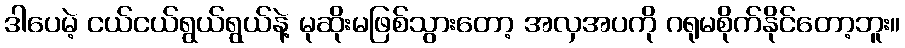
ဒါပေမဲ့ ငယ်ငယ်ရွယ်ရွယ်နဲ့ မုဆိုးမဖြစ်သွားတော့ အလှအပကို ဂရုမစိုက်နိုင်တော့ဘူး။